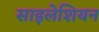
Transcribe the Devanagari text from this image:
साइलेशियन